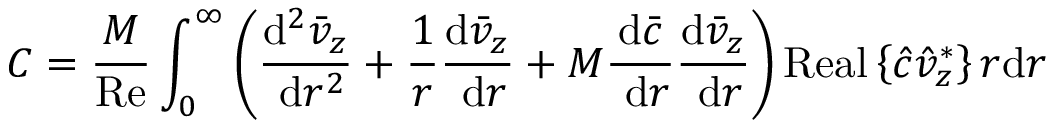
C = \frac { M } { \operatorname { R e } } \int _ { 0 } ^ { \infty } \left( \frac { \mathrm { d } ^ { 2 } \bar { v } _ { z } } { \mathrm { ~ d } r ^ { 2 } } + \frac { 1 } { r } \frac { \mathrm { d } \bar { v } _ { z } } { \mathrm { ~ d } r } + M \frac { \mathrm { d } \bar { c } } { \mathrm { ~ d } r } \frac { \mathrm { d } \bar { v } _ { z } } { \mathrm { ~ d } r } \right) \operatorname { R e a l } \left\{ \hat { c } \hat { v } _ { z } ^ { * } \right\} r \mathrm { d } r